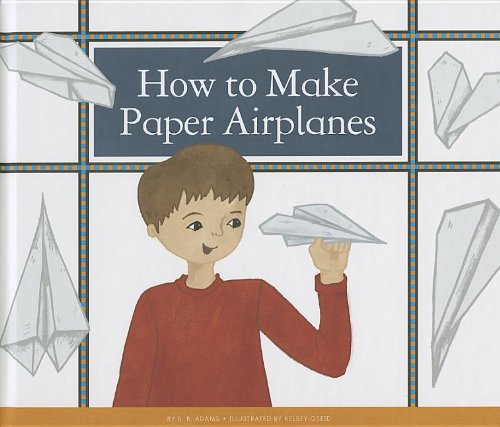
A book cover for How to Make Paper Airplanes (Make Your Own Fun); B. B. Adams; Children's Books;